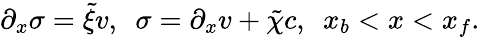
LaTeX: \begin{array}{r}{\partial_{x}\sigma=\tilde{\xi}v,\ \ \sigma=\partial_{x}v+\tilde{\chi}c,\ \ x_{b}<x<x_{f}.}\end{array}